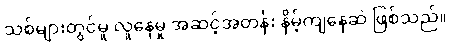
သစ်များတွင်မူ လူနေမှု အဆင့်အတန်း နိမ့်ကျနေဆဲ ဖြစ်သည်။